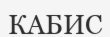
КАБИС